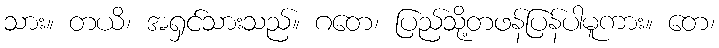
သား။ တယိ၊ အရှင်သားသည်။ ဂတေ၊ ပြည်သို့တဖန်ပြန်ပါမူကား။ တေ၊